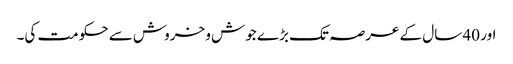
اور 40 سال کے عرصہ تک بڑے جوش و خروش سے حکومت کی۔